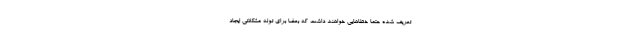
تعریف شده حتما خطاهایی خواهند داشت که بعضا برای توله مشکلاتی ایجاد